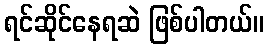
ရင်ဆိုင်နေရဆဲ ဖြစ်ပါတယ်။